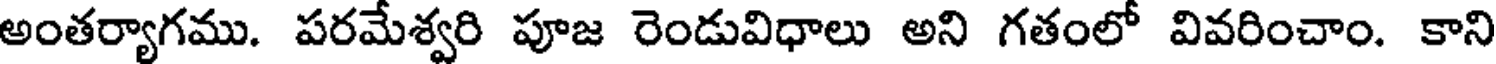
అంతర్యాగము. పరమేశ్వరి పూజ రెండువిధాలు అని గతంలో వివరించాం. కాని